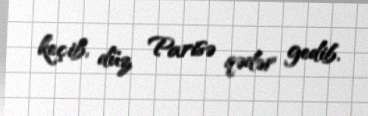
keçib, düz Parisə qədər gedib.